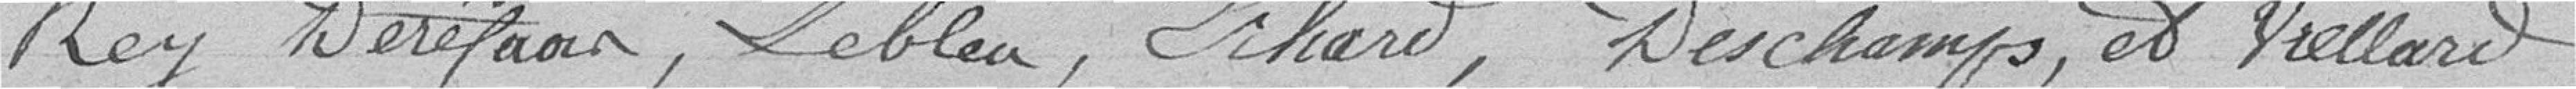
Rey, Déréfaur, Lebleu, Ichard, Deschamps, et Viellard